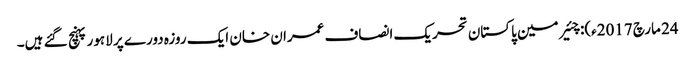
24 مارچ 2017ء): چئیر مین پاکستان تحریک انصاف عمران خان ایک روزہ دورے پر لاہور پہنچ گئے ہیں۔